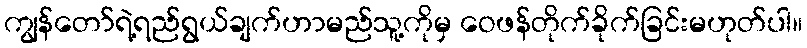
ကျွန်တော်ရဲ့ရည်ရွယ်ချက်ဟာမည်သူ့ကိုမှ ဝေဖန်တိုက်ခိုက်ခြင်းမဟုတ်ပါ။